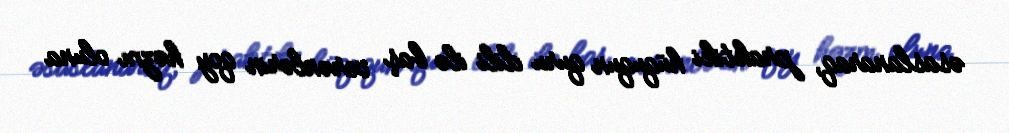
əsaslanaraq, praktiki hüququn quru dili ilə baş verənlərin qoy həzm oluna